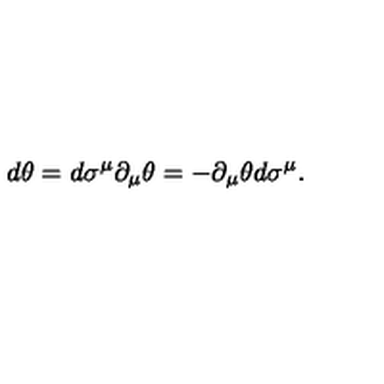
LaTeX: d \theta = d \sigma ^ { \mu } \partial _ { \mu } \theta = - \partial _ { \mu } \theta d \sigma ^ { \mu } .